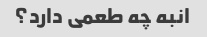
انبه چه طعمی دارد؟